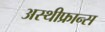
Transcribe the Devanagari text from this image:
अस्थीफ्रान्स